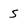
Character: S